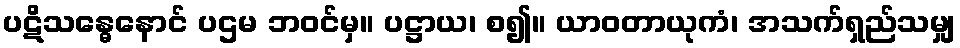
ပဋိသန္ဓေနောင် ပဌမ ဘဝင်မှ။ ပဋ္ဌာယ၊ စ၍။ ယာဝတာယုကံ၊ အသက်ရှည်သမျှ